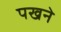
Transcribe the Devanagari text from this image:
पखने